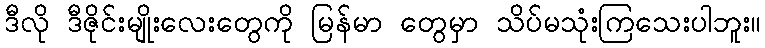
ဒီလို ဒီဇိုင်းမျိုးလေးတွေကို မြန်မာ တွေမှာ သိပ်မသုံးကြသေးပါဘူး။